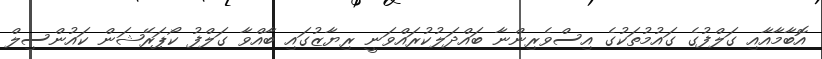
އޮބާމާއާއި ގަލްފުގެ ގައުމުތަކުގެ އިސްވެރިންނާ ބައްދަލުކުރައްވަނީ ރިޔާޒުގައި ބާއްވާ ގަލްފު ކޯޕަރޭޝަން ކައުންސިލް